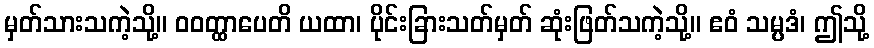
မှတ်သားသကဲ့သို့။ ဝဝတ္ထာပေတိ ယထာ၊ ပိုင်းခြားသတ်မှတ် ဆုံးဖြတ်သကဲ့သို့။ ဧဝံ သမ္ပဒံ၊ ဤသို့